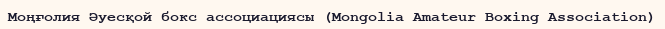
Моңғолия Әуесқой бокс ассоциациясы (Mongolia Amateur Boxing Association)